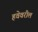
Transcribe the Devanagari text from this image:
हवेवरील